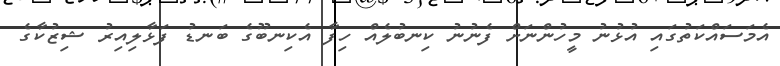
އެމަސައްކަތުގައި އުޅުނު މީހުންނަށް ފެނުނު ކިނބުލެއް ހިފާ އެކިނބޫގެ ބަނޑު ފަޅާލިއިރު ޝިޒުކާގެ